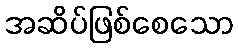
အဆိပ်ဖြစ်စေသော